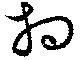
相